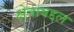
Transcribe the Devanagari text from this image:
क्षेत्राबद्दल